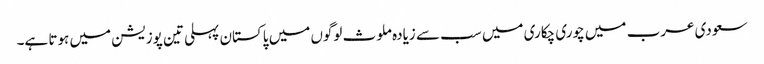
سعودی عرب میں چوری چکاری میں سب سے زیادہ ملوث لوگوں میں پاکستان پہلی تین پوزیشن میں ہوتا ہے۔